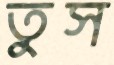
তুস